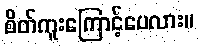
စိတ်ကူးကြောင့်ပေလား။